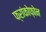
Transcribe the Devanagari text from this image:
फ्रांकोफ़ोन